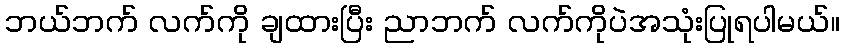
ဘယ်ဘက် လက်ကို ချထားပြီး ညာဘက် လက်ကိုပဲအသုံးပြုရပါမယ်။